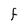
Character: F